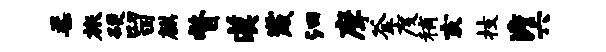
柔旅硬留麒瞥漠崴汩摩釜度稍亥技澹六